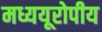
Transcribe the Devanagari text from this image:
मध्ययूरोपीय